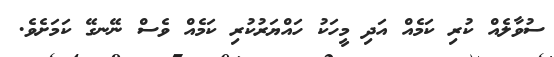
ސުވާލެއް ކުރި ކަމެއް އަދި މީހަކު ހައްޔަރުކުރި ކަމެއް ވެސް ނޭނގޭ ކަމަށެވެ.